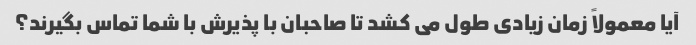
آیا معمولاً زمان زیادی طول می کشد تا صاحبان با پذیرش با شما تماس بگیرند؟